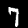
Label: 7